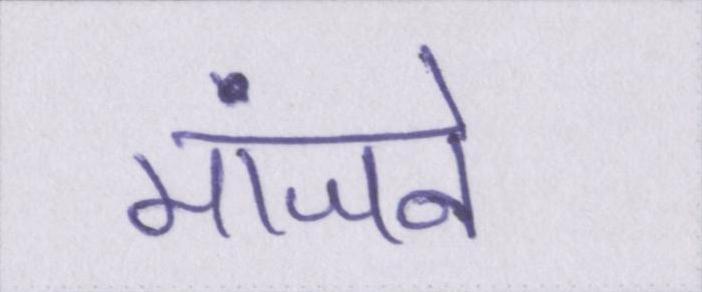
मांजने